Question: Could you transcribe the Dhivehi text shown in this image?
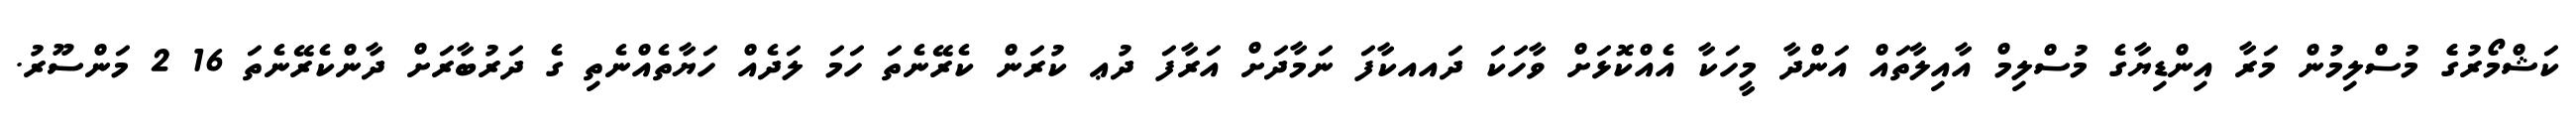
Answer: ކަޝްމޯރުގެެ މުސްލިމުން މަރާ އިންޑިޔާގެ މުސްލިމް އާއިލާތައް އަންދާ މީހަކާ އެއްކޮޅަށް ވާހަކަ ދައއކާފަ ނަމާދަށް އަރާފަ ދުޢ ކުރަން ކެރޭނެތަ ހަމަ ލަދެއް ހަޔާތެއްނެތި ގެ ދަރުބާރަށް ދާންކެރޭނެތަ 16 2 މަންސޫރު.